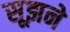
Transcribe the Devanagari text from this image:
सूझने